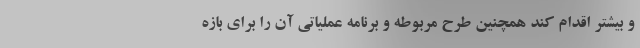
و بیشتر اقدام کند همچنین طرح مربوطه و برنامه عملیاتی آن را برای بازه